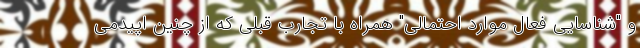
و "شناسایی فعال موارد احتمالی" همراه با تجارب قبلی که از چنین اپیدمی